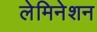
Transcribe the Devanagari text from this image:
लेमिनेशन